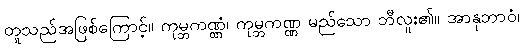
တူသည်အဖြစ်ကြောင့်။ ကုမ္ဘကဏ္ဏံ၊ ကုမ္ဘကဏ္ဏ မည်သော ဘီလူး၏။ အာနုဘာဝံ၊